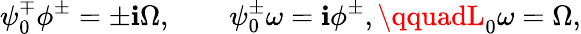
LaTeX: \psi_{0}^{\mp}\phi^{\pm}=\pm\mathbf{i}\Omega,\qquad\psi_{0}^{\pm}\omega=\mathbf{i}\phi^{\pm},\qquadL_{0}\omega=\Omega,